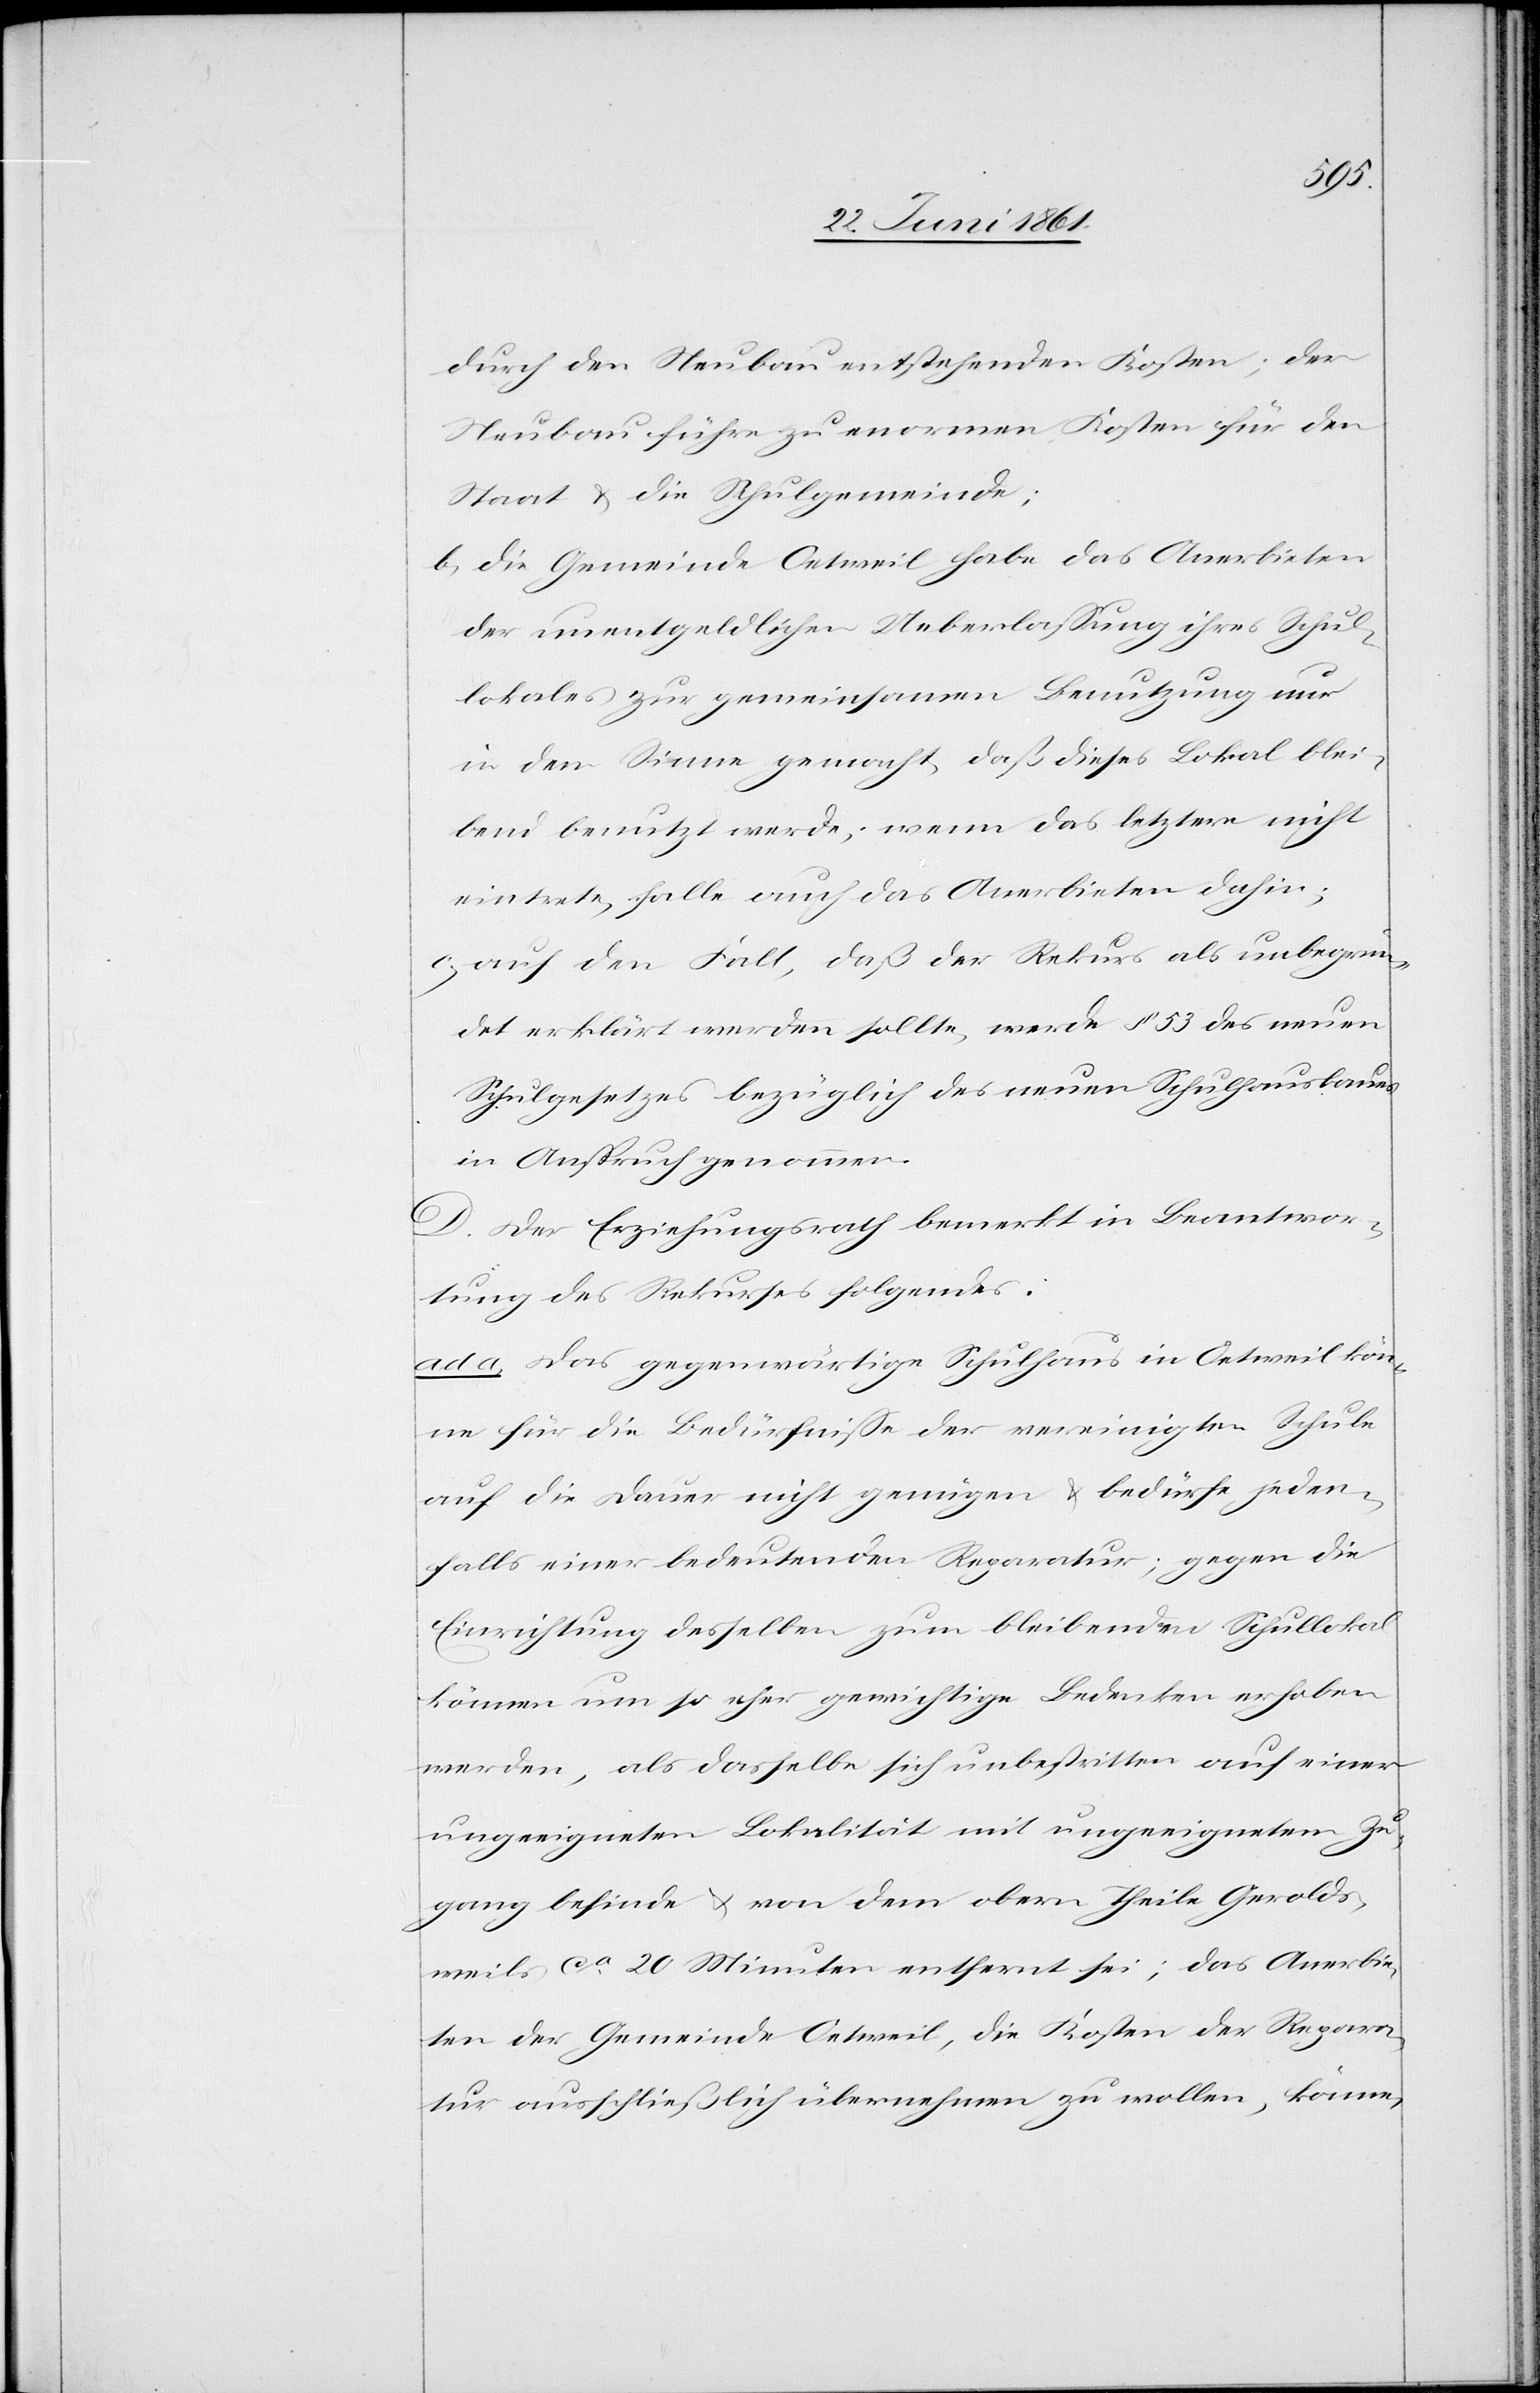
durch den Neubau entstehenden Kosten; der
Neubau führe zu enormen Kosten für den
Staat u. die Schulgemeinde;
b) die Gemeinde Oetweil habe das Anerbieten
der unentgeldlichen Ueberlassung ihres Schul¬
lokales zur gemeinsamen Benutzung nur
in dem Sinne gemacht, daß dieses Lokal blei¬
bend benutzt werde; wenn das letztere nicht
eintrete, falle auch das Anerbieten dahin;
c) auf den Fall, daß der Rekurs als unbegrün¬
det erklärt werden sollte, werde § 53 des neuen
Schulgesetzes bezüglich des neuen Schulhausbaues
in Anspruch genommen.
D. Der Erziehungsrath bemerkt in Beantwor¬
tung des Rekurses folgendes:
ad a. Das gegenwärtige Schulhaus in Oetweil kön¬
ne für die Bedürfnisse der vereinigten Schule
auf die Dauer nicht genügen u. bedürfe jeden¬
falls einer bedeutenden Reparatur; gegen die
Einrichtung desselben zum bleibenden Schullokal
können um so eher gewichtige Bedenken erhoben
werden, als dasselbe sich unbestritten auf einer
ungeeigneten Lokalität mit ungeeignetem Zu¬
gang befinde u. von dem obern Theile Gerolds¬
weils ca 20 Minuten entfernt sei; das Anerbie¬
ten der Gemeinde Oetweil, die Kosten der Repara¬
tur ausschließlich übernehmen zu wollen, könne